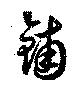
鋪